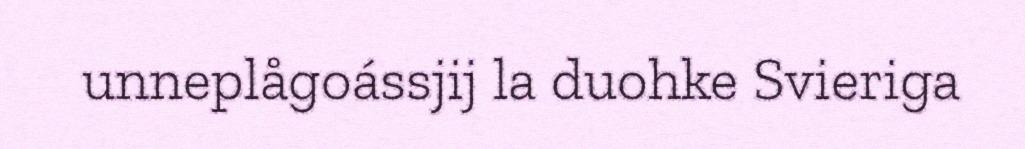
unneplågoássjij la duohke Svieriga